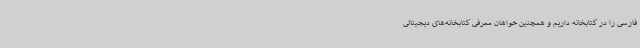
فارسی را در کتابخانه داریم و همچنین خواهان معرفی کتابخانه‌های دیجیتالی